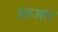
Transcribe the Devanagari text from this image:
शाआर